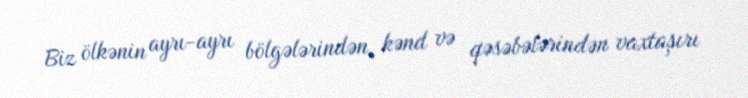
Biz ölkənin ayrı-ayrı bölgələrindən, kənd və qəsəbələrindən vaxtaşırı